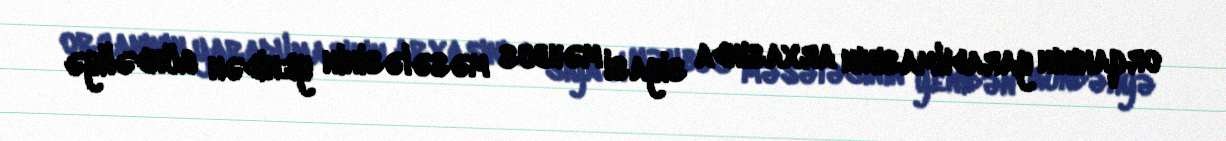
orqanının yaradılmasının arxasında siyasi məhbus məsələsinin yenidən gündəliyə